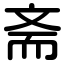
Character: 斋